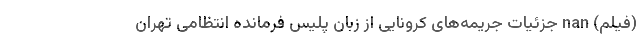
(فیلم) nan جزئیات جریمه‌های کرونایی از زبان پلیس فرمانده انتظامی تهران